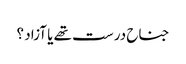
جناح درست تھے یا آزاد ؟